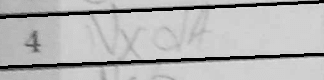
Transcription: Nxd4